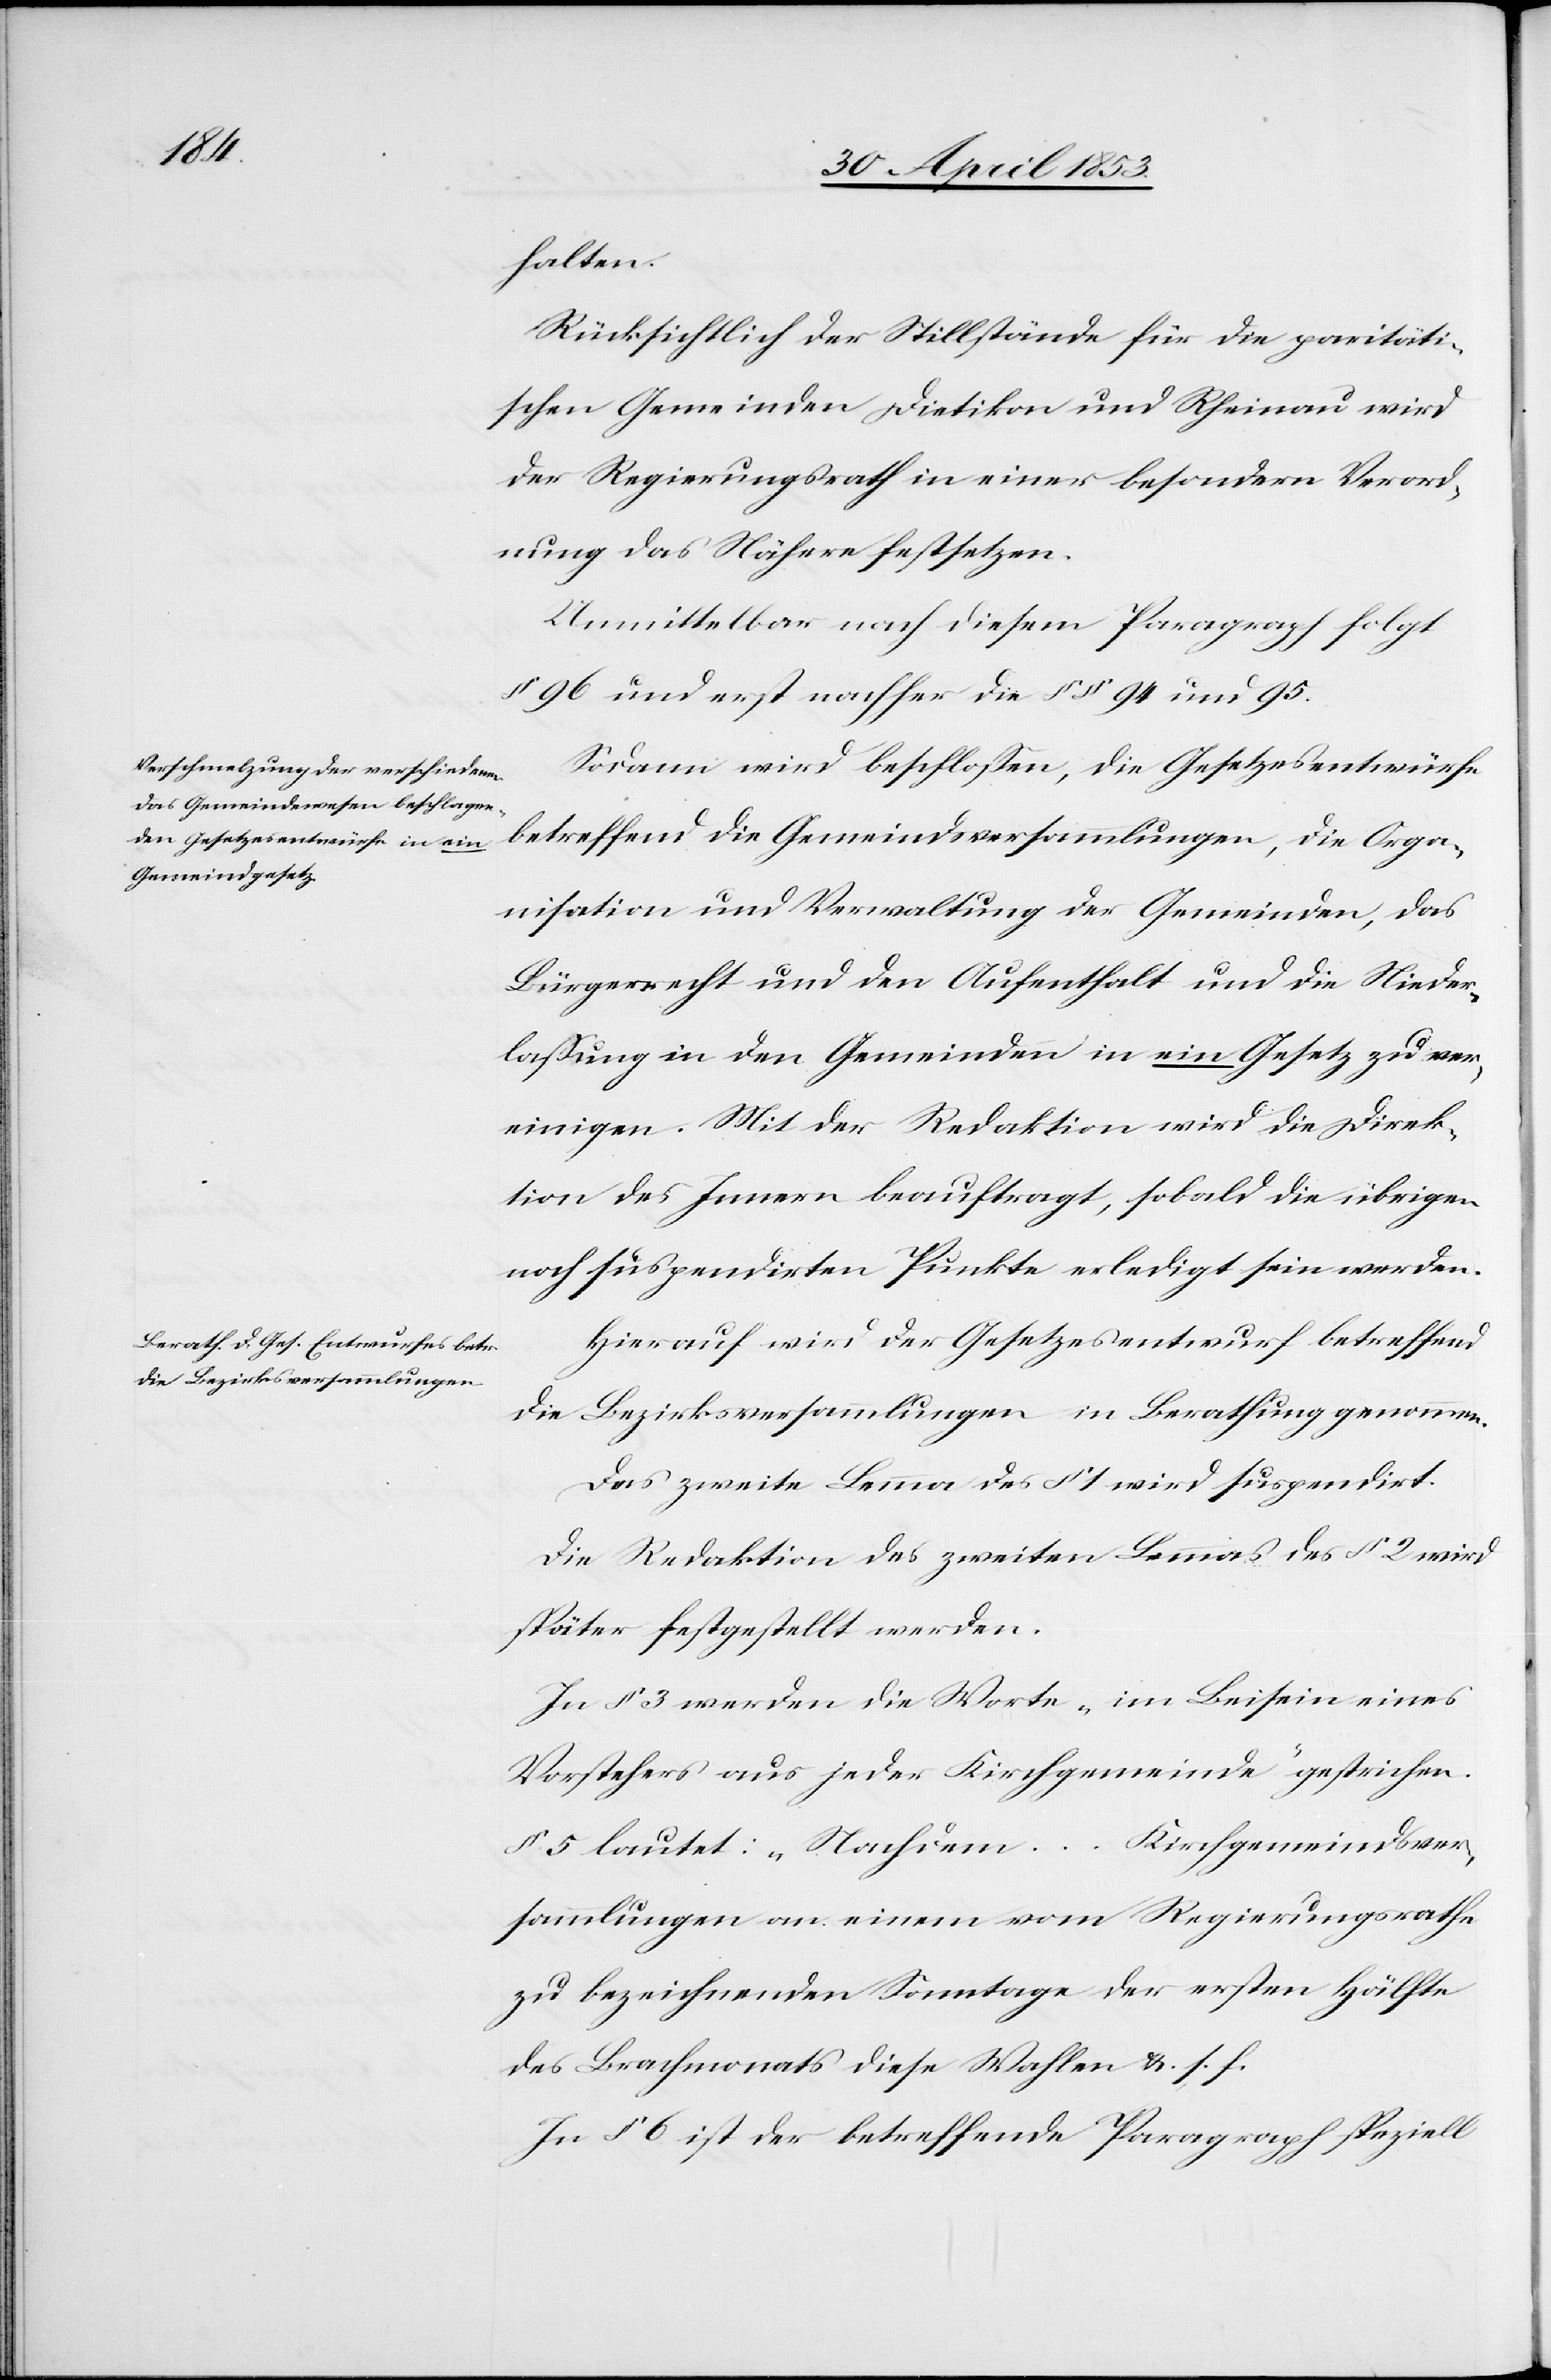
halten.
Rücksichtlich der Stillstände für die paritäti¬
schen Gemeinden Dietikon und Rheinau wird
der Regierungsrath in einer besondern Verord¬
nung das Nähere festsetzen.
Unmittelbar nach diesem Paragraph folgt
§ 96 und erst nachher die §§ 94 und 95.
Sodann wird beschloßen, die Gesetzesentwürfe
betreffend die Gemeindsversammlungen, die Orga¬
nisation und Verwaltung der Gemeinden, das
Bürgerrecht und den Aufenthalt und die Nieder¬
laßung in den Gemeinden in ein Gesetz zu ver¬
einigen. Mit der Redaktion wird die Direk¬
tion des Innern beauftragt, sobald die übrigen
noch suspendirten Punkte erledigt sein werden.
Hierauf wird der Gesetzesentwurf betreffend
die Bezirksversammlungen in Berathung genommen.
Das zweite Lemma des § 1 wird suspendirt.
Die Redaktion des zweiten Lemma des § 2 wird
später festgestellt werden.
In § 3 werden die Worte „im Beisein eines
Vorstehers aus jeder Kirchgemeinde“ gestrichen.
§ 5 lautet: „Nachdem … Kirchgemeindsver¬
sammlungen an einen vom Regierungsrathe
zu beziehenden Sonntage der ersten Hälfte
des Brachmonats diese Wahlen u. s. f.
In § 6 ist der betreffende Paragraph speziell